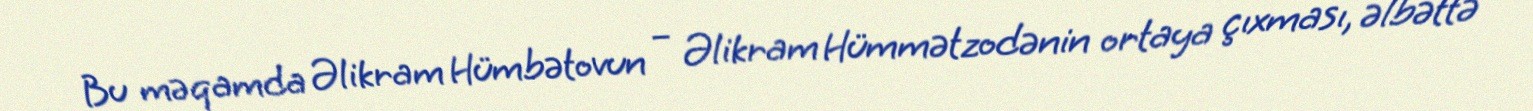
Bu məqamda Əlikram Hümbətovun – Əlikram Hümmətzodənin ortaya çıxması, əlbəttə